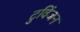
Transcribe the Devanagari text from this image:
टुविंजन